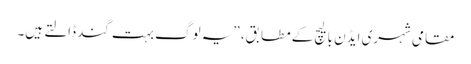
مقامی شہری ایڈن بالیچ کے مطابق، ”یہ لوگ بہت گند ڈالتے ہیں۔